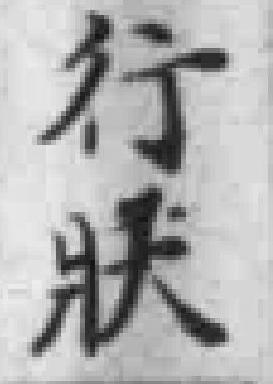
行狀